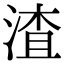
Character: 渣